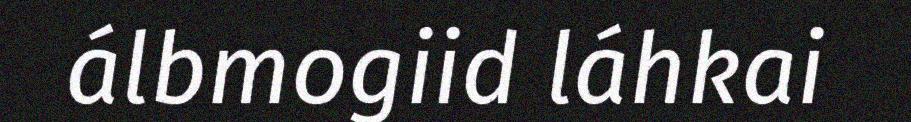
álbmogiid láhkai